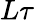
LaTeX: L\tau